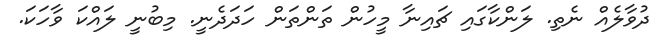
ދުވާލެއް ނެތި. ލަންކާގައި ޗައިނާ މީހުން ތަންތަން ހަދަދެނީ. މިބުނީ ލައްކަ ވާހަކަ.